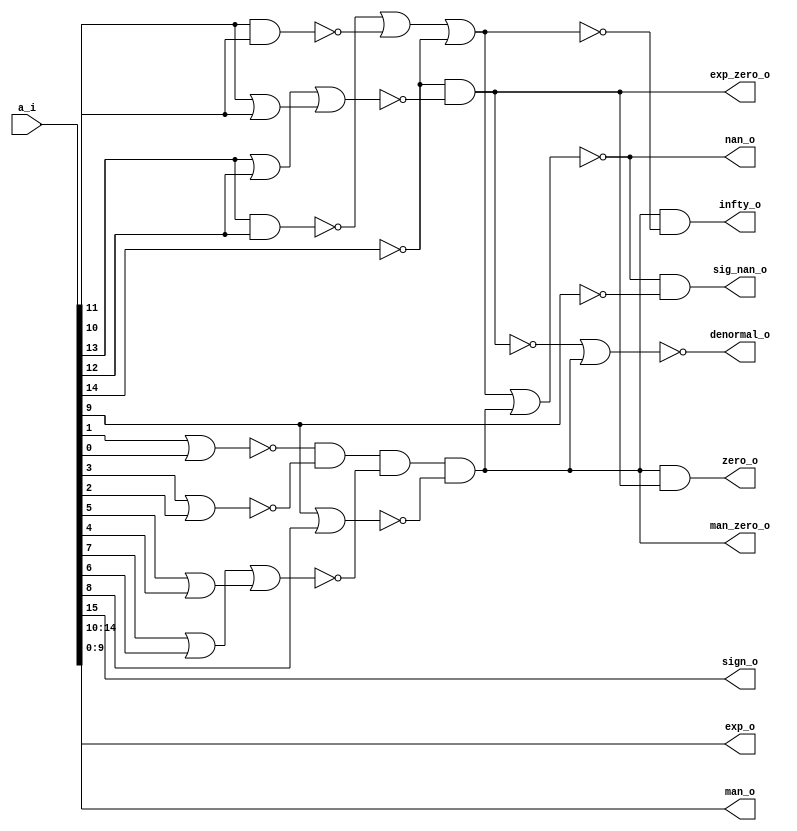
/* Generated by Yosys 0.27+9 (git sha1 101d19bb6, gcc 11.2.0-7ubuntu2 -fPIC -Os) */

(* top =  1  *)

module bsg_fpu_preprocess(a_i, zero_o, nan_o, sig_nan_o, infty_o, exp_zero_o, man_zero_o, denormal_o, sign_o, exp_o, man_o);
  wire _00_;
  wire _01_;
  wire _02_;
  wire _03_;
  wire _04_;
  wire _05_;
  wire _06_;
  wire _07_;
  wire _08_;
  wire _09_;
  wire _10_;
  wire _11_;
  wire _12_;
  wire _13_;
  wire _14_;
  wire _15_;
  wire _16_;
  
  input [15:0] a_i;
  wire [15:0] a_i;
  
  output denormal_o;
  wire denormal_o;
  
  output [4:0] exp_o;
  wire [4:0] exp_o;
  
  wire exp_zero;
  
  output exp_zero_o;
  wire exp_zero_o;
  
  output infty_o;
  wire infty_o;
  
  output [9:0] man_o;
  wire [9:0] man_o;
  
  output man_zero_o;
  wire man_zero_o;
  
  wire mantissa_zero;
  
  output nan_o;
  wire nan_o;
  
  output sig_nan_o;
  wire sig_nan_o;
  
  output sign_o;
  wire sign_o;
  
  output zero_o;
  wire zero_o;
  assign _00_ = ~(a_i[1] | a_i[0]);
  assign _01_ = a_i[3] | a_i[2];
  assign _02_ = _00_ & ~(_01_);
  assign _03_ = a_i[5] | a_i[4];
  assign _04_ = a_i[7] | a_i[6];
  assign _05_ = _04_ | _03_;
  assign _06_ = _02_ & ~(_05_);
  assign _07_ = a_i[9] | a_i[8];
  assign man_zero_o = _06_ & ~(_07_);
  assign _08_ = ~a_i[14];
  assign _09_ = a_i[11] | a_i[10];
  assign _10_ = a_i[13] | a_i[12];
  assign _11_ = _10_ | _09_;
  assign exp_zero_o = _08_ & ~(_11_);
  assign _12_ = ~exp_zero_o;
  assign zero_o = man_zero_o & ~(_12_);
  assign _13_ = ~(a_i[11] & a_i[10]);
  assign _14_ = ~(a_i[13] & a_i[12]);
  assign _15_ = _14_ | _13_;
  assign _16_ = _15_ | _08_;
  assign nan_o = ~(_16_ | man_zero_o);
  assign sig_nan_o = nan_o & ~(a_i[9]);
  assign infty_o = man_zero_o & ~(_16_);
  assign denormal_o = ~(_12_ | man_zero_o);
  assign exp_o = a_i[14:10];
  assign exp_zero = exp_zero_o;
  assign man_o = a_i[9:0];
  assign mantissa_zero = man_zero_o;
  assign sign_o = a_i[15];
endmodule